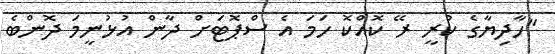
"ހާދިޔާގެ ކުރީ ރޭ ކޮއްކޮ ހަމަ އެ ސްޕޮޓަށް ދާން އުޅުނީމަ ދޮންބެ